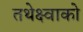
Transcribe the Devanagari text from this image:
तथेक्ष्वाको